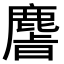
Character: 𫜎